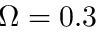
\Omega = 0 . 3